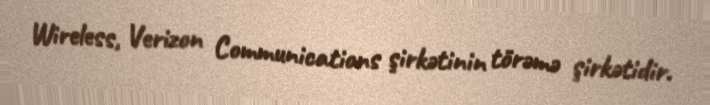
Wireless, Verizon Communications şirkətinin törəmə şirkətidir.